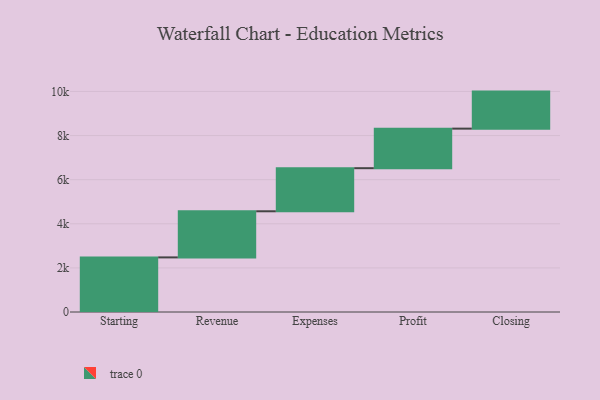
{"axis": {"x": "Step", "y": "Value"}, "legend": [""], "data": [{"x": "Starting", "y": 2476.0, "type": ""}, {"x": "Revenue", "y": 2091.0, "type": ""}, {"x": "Expenses", "y": 1954.0, "type": ""}, {"x": "Profit", "y": 1794.0, "type": ""}, {"x": "Closing", "y": 1679.0, "type": ""}]}